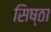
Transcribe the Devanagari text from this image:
सिष्ठा